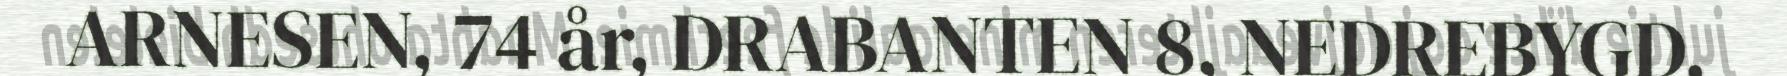
ARNESEN, 74 år, DRABANTEN 8, NEDREBYGD,